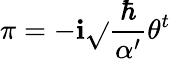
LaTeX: \pi=-\mathbf{i}\sqrt{}{{\frac{{\hbar}}{{\alpha^{\prime}}}}}\theta^{t}